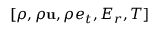
[ \rho , \rho \mathbf { u } , \rho e _ { t } , E _ { r } , T ]